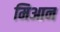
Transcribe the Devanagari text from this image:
मिआन